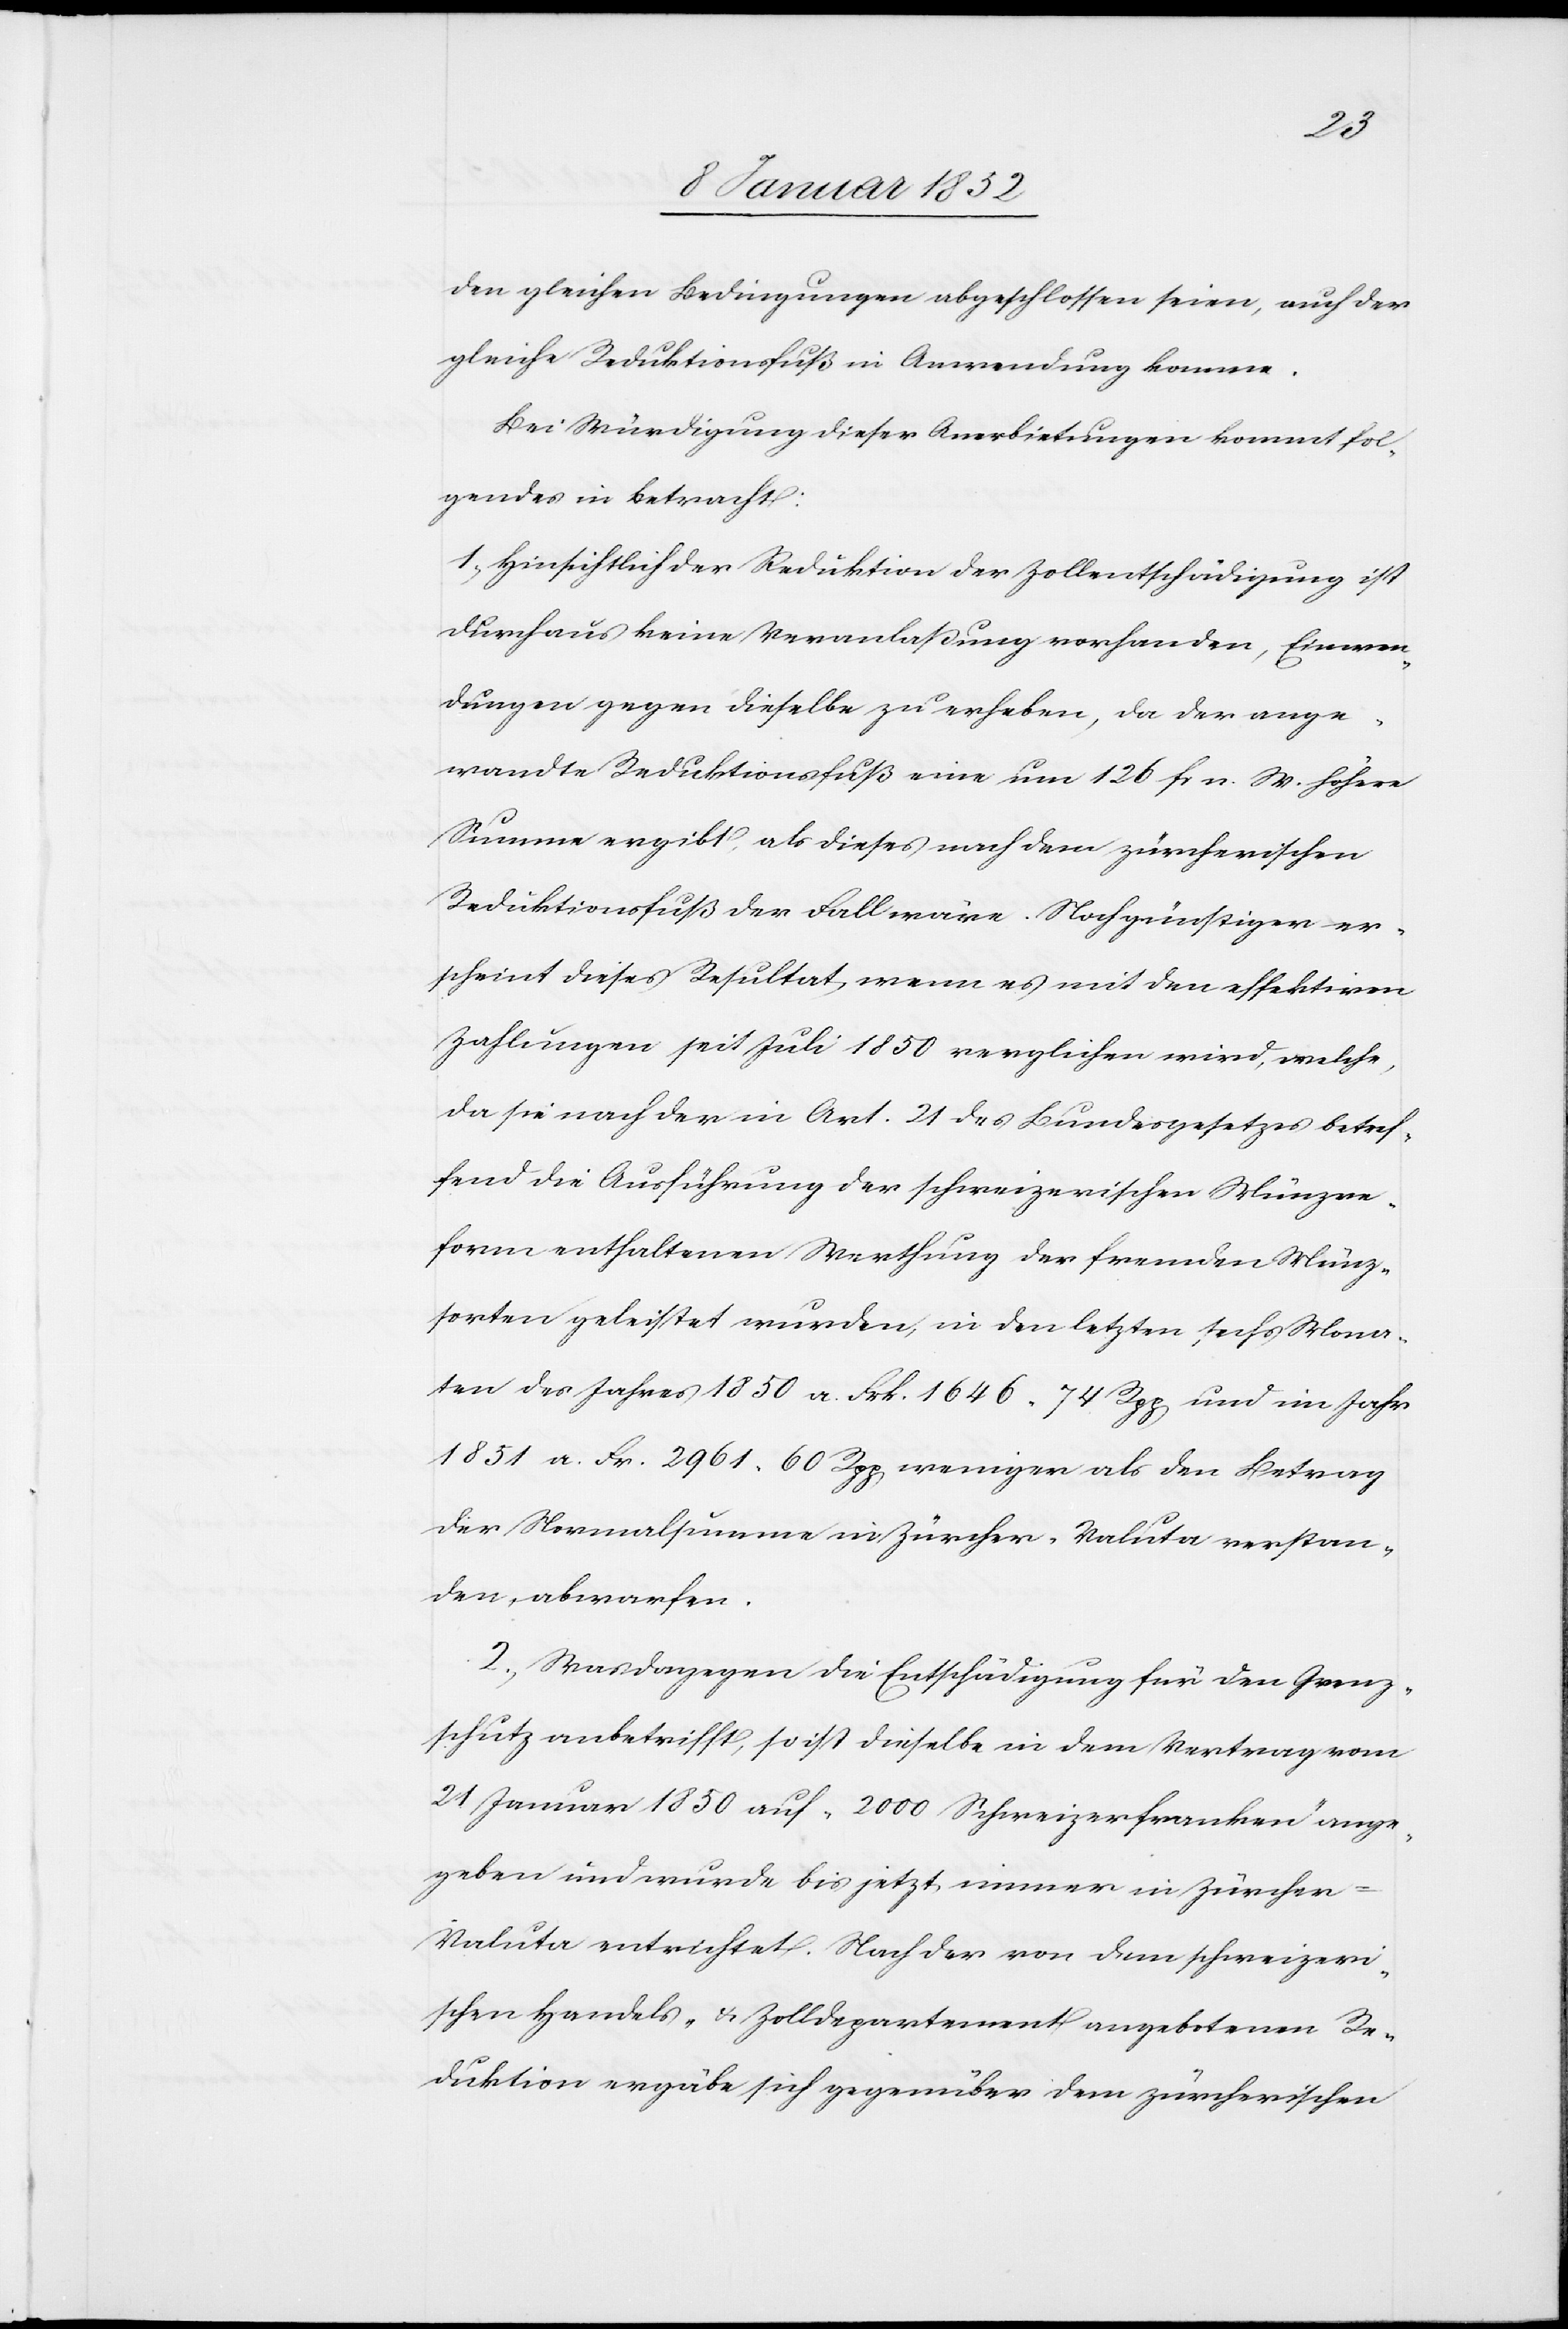
den gleichen Bedingungen abgeschlossen seien, auch der
gleiche Reduktionsfuß in Anwendung komme.
Bei Würdigung dieser Anerbietungen kommt fol¬
gendes in Betracht:
1, Hinsichtlich der Reduktion der Zollentschädigung ist
durchaus keine Veranlaßung vorhanden, Einwen¬
dungen gegen dieselbe zu erheben, da der ange¬
wandte Reductionsfuß eine um 126 Fr n. W. höhere
Summe angibt als dieses nach dem zürcherischen
Reduktionsfuß der Fall wäre. Noch günstiger er¬
scheint dieses Resultat, wenn es mit den effektiven
Zahlungen seit Juli 1850 verglichen wird, welche,
da sie nach der in Art. 21 des Bundesgesetzes betref¬
fend die Ausführung der schweizerischen Münzre¬
form enthaltenen Werthung der fremden Münz¬
sorten geleistet wurden, in den letzten sechs Mona¬
ten des Jahres 1850. a. Frk. 1646. 74. Rpp und im Jahr
1851 a. Fr. 2961. 60 Rpp weniger als den Betrag
der Normalsumme in Zürcher Valuta verstan¬
den, abgeworfen.
2., Was dagegen die Entschädigung für den Grenz¬
schutz anbetrifft, so ist dieselbe in dem Vertrag vom
21 Januar 1850 auf 2000 Schweizerfranken ange¬
geben und wurde bis jetzt immer in Zürcher-V¬
aluta entrichtet. Nach der von dem schweizeri¬
schen Handels- u. Zolldepartement angebotenen Re¬
duktion ergäbe sich gegenüber dem zürcherischen